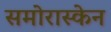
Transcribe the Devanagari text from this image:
समोरास्केन